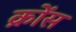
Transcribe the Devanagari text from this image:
क्रोंस